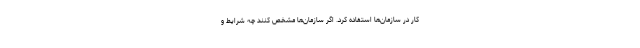
کار در سازمان‌ها استفاده کرد. اگر سازمان‌ها مشخص کنند چه شرایط و